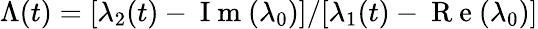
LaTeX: \Lambda(t)=[\lambda_{2}(t)-\mathrm{~I~m~}(\lambda_{0})]/[\lambda_{1}(t)-\mathrm{~R~e~}(\lambda_{0})]